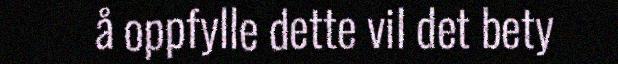
å oppfylle dette vil det bety